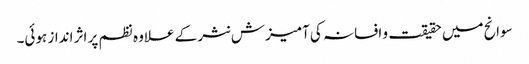
سوانح میں حقیقت و افسانہ کی آمیزش نثر کے علاوہ نظم پر اثر انداز ہوئی۔